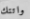
واتتك